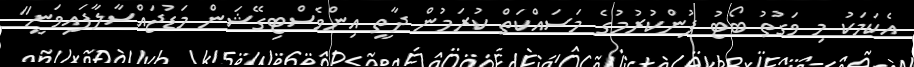
އެކަމަކު މި ވަގުތު ބޯޓު ފުންކުރުމުގެ މަސައްކަތް ކުރަމުން ދާތީ އިންވެސްޓިގޭޝަން މަޑުޖައްސާލާފައިވަނީ"